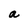
Character: a